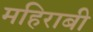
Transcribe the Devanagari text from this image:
महिराबी